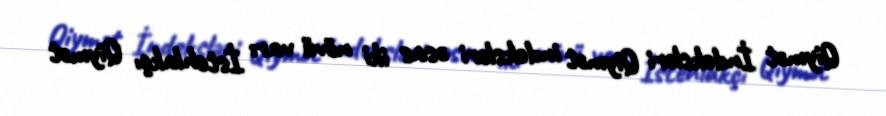
Qiymət İndeksləri Qiymət indeksləri əsas iki növü var: İstehlakçı Qiymət